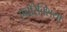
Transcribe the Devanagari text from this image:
एनोरेक्शिया